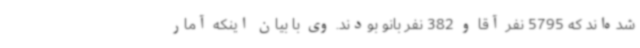
شده‌اند که 5795 نفر آقا و 382 نفر بانو بودند. وی با بیان اینکه آمار